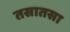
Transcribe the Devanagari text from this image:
तसातसा